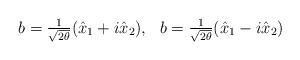
LaTeX: \begin{align*}\begin{array}{ll}b=\frac{1}{\sqrt{2\theta}}(\hat{x}_1+i\hat{x}_2), & b=\frac{1}{\sqrt{2\theta}}(\hat{x}_1-i\hat{x}_2)\end{array}\end{align*}